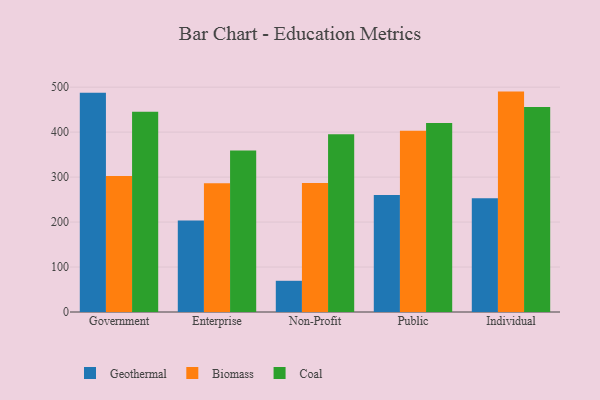
{"axis": {"x": "Segment", "y": "Satisfaction Score"}, "legend": ["Biomass", "Coal", "Geothermal"], "data": [{"x": "Government", "y": 487.3, "type": "Geothermal"}, {"x": "Government", "y": 302.5, "type": "Biomass"}, {"x": "Government", "y": 445.2, "type": "Coal"}, {"x": "Enterprise", "y": 203.5, "type": "Geothermal"}, {"x": "Enterprise", "y": 286.1, "type": "Biomass"}, {"x": "Enterprise", "y": 359.0, "type": "Coal"}, {"x": "Non-Profit", "y": 69.4, "type": "Geothermal"}, {"x": "Non-Profit", "y": 287.1, "type": "Biomass"}, {"x": "Non-Profit", "y": 395.2, "type": "Coal"}, {"x": "Public", "y": 260.4, "type": "Geothermal"}, {"x": "Public", "y": 403.0, "type": "Biomass"}, {"x": "Public", "y": 420.0, "type": "Coal"}, {"x": "Individual", "y": 253.2, "type": "Geothermal"}, {"x": "Individual", "y": 490.1, "type": "Biomass"}, {"x": "Individual", "y": 455.8, "type": "Coal"}]}